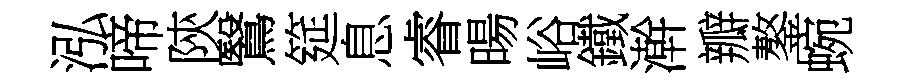
泓啼陝鷖筵息睿暘峪鐵澣瓣鏊蜿